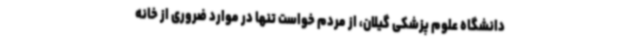
دانشگاه علوم پزشکی گیلان، از مردم خواست تنها در موارد ضروری از خانه